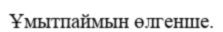
Ұмытпаймын өлгенше.